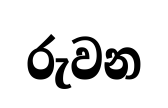
රුවන